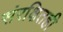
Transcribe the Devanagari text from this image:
संरक्षितही